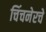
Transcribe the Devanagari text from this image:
चिंचनेरचे